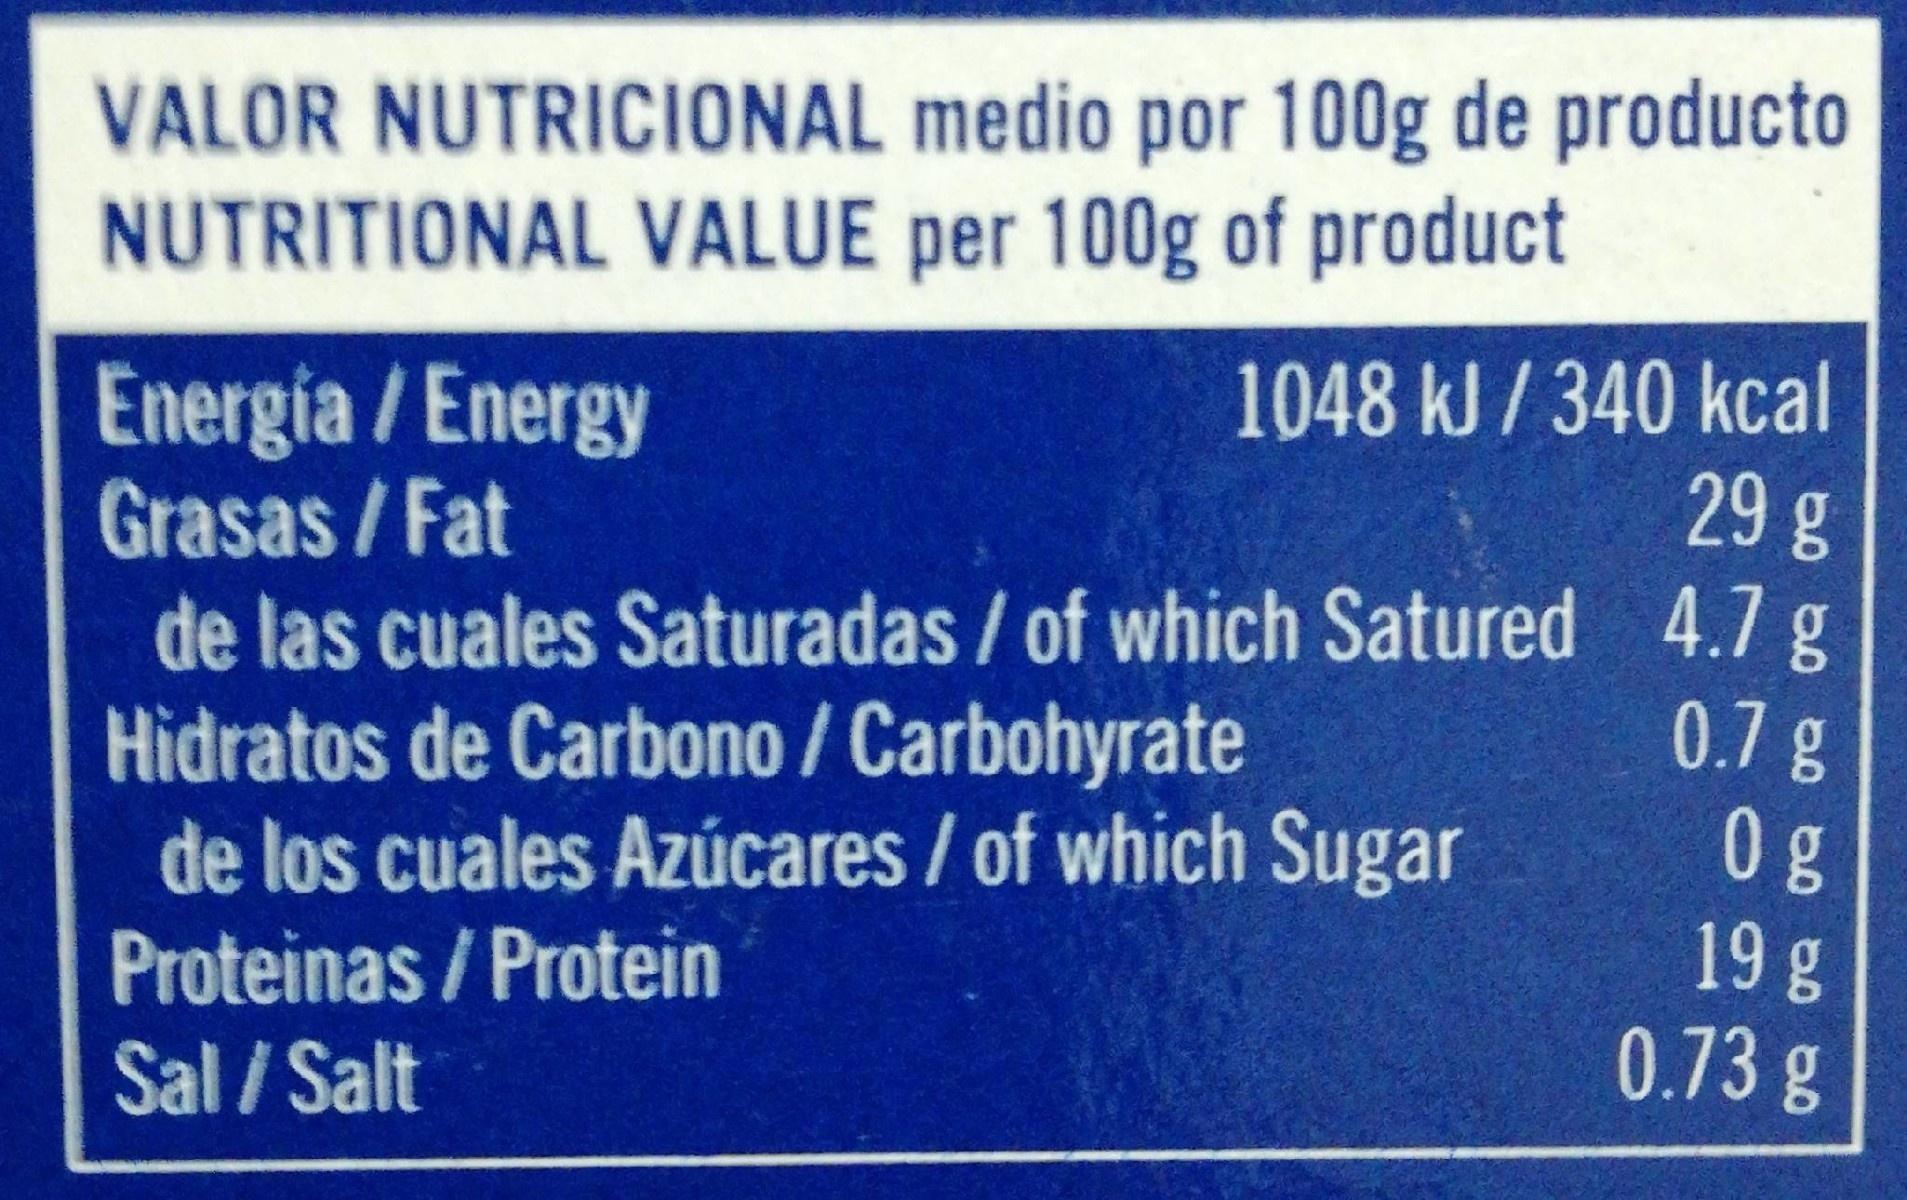
VALOR NUTRICIONAL medio por 100g de producto NUTRITIONAL VALUE per 100g of product
1048 kJ/340 kcal 29g
Energia / Energy Grasas/Fat de las cuales Saturadas / of which Satured 4.7 g Hidratos de Carbono / Carbohyrate de los cuales Azúcares / of which Sugar Proteinas/ Protein Sal / Salt
0.7g 0g 19g 0.73 g